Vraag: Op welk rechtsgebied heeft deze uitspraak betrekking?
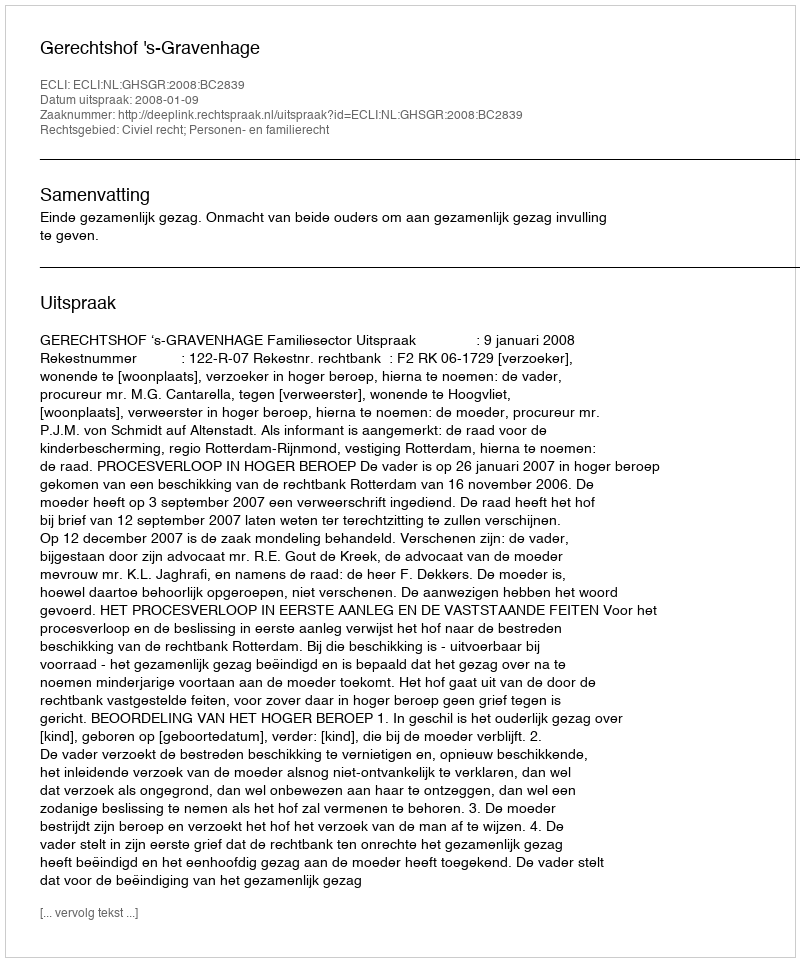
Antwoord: Civiel recht; Personen- en familierecht